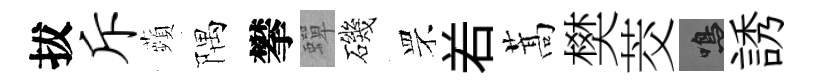
拔斥蘋隅攀蟬磯罘𠰥蒿樊茭鳴誘